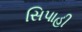
સિપાહી